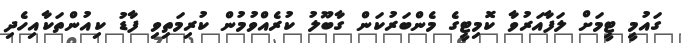
ގައުމީ ޓީމަށް ލަފާއަރުވާ ކޮމިޓީގެ މެންބަރުކަން ގާބޫލު ކުރެއްވުމުން ކުރިމަތިވި ފާޑު ކިއުންތަކާއިހެދި